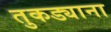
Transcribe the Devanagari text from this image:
तुकड्याना